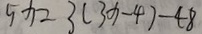
5 x = 3 ( 3 x - 4 ) - 4 8